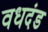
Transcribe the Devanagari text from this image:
वधदंड